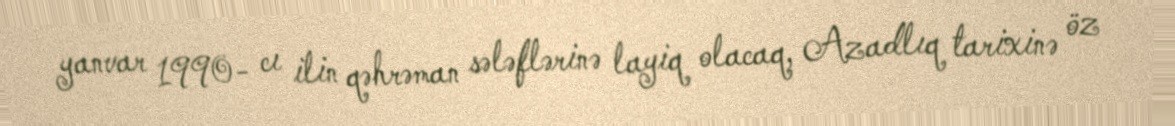
yanvar 1990- cı ilin qəhrəman sələflərinə layiq olacaq, Azadlıq tarixinə öz